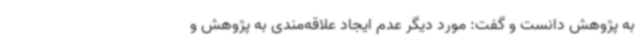
به پژوهش دانست و گفت:‌ مورد دیگر عدم ایجاد علاقه‌مندی به پژوهش و